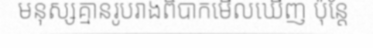
មនុស្សគ្មានរូបរាងពិបាកមើលឃើញ ប៉ុន្តែ